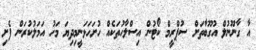
އާ ގާނޫނުލް އުގޫބާތަށް ސުޕްރީމް ކޯޓުން އިސްލާހުތަކެއް ހުށަހަޅަނީމިދިޔަ މަހު އަމަލުކުރަން ފެށި